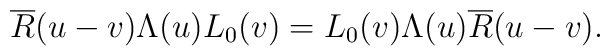
\overline R(u-v) \Lambda(u)L_0(v)=L_0(v)\Lambda(u)\overline R(u-v).